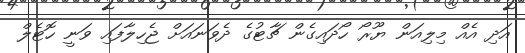
އަދި އެއް މިލިއަން ޔޫރޯ ހޯދައިގެން ޗާޓުގެ ދެވަނައަށް ޖެހިލާފައި ވަނީ ހޮޓެލް